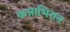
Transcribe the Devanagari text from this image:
कन्नाभिरान